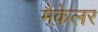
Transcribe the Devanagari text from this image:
मैकेलर